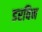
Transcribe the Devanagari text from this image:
डरविन